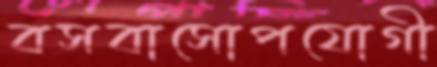
বসবাসোপযোগী